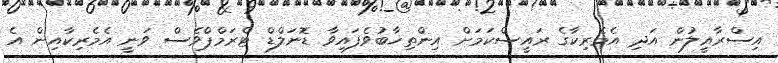
އިސްރާއީލުން އަދި އެމެރިކާގެ ރައީސްކަމަށް އިންތިޚާބުވެފައިވާ ޑޮނަލްޑް ޓްރަމްޕްވެސް ވަނީ އެމެރިކާއިން އެ